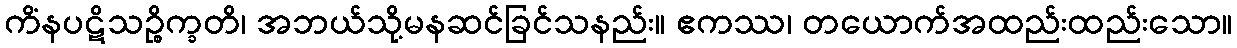
ကိံနပဋိသဉ္စိက္ခတိ၊ အဘယ်သို့မနဆင်ခြင်သနည်း။ ဧကဿ၊ တယောက်အထည်းထည်းသော။